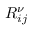
R _ { i j } ^ { \nu }